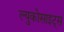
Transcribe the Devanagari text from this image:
ल्युकोसाइट्स